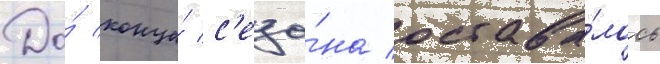
До́ конца́ с'езо́на остава́лось